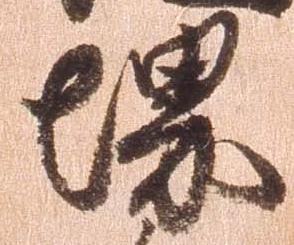
堺